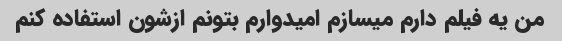
من یه فیلم دارم میسازم امیدوارم بتونم ازشون استفاده کنم